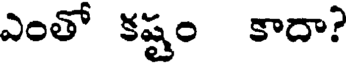
ఎంతో కష్టం కాదా?